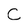
Character: C